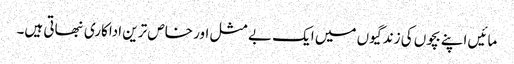
مائیں اپنے بچوں کی زندگیوں میں ایک بے مثل اور خاص ترین اداکاری نبھاتی ہیں۔